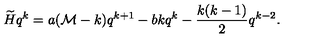
\widetilde { H } q ^ { k } = a ( { \mathcal M } - k ) q ^ { k + 1 } - b k q ^ { k } - { \frac { k ( k - 1 ) } { 2 } } q ^ { k - 2 } .